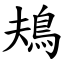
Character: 鳺